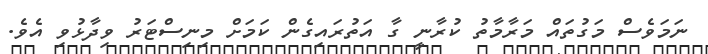
ނަމަވެސް މަގުތައް މަރާމާތު ކުރާނީ ގާ އަތުރައިގެން ކަމަށް މިނިސްޓަރު ވިދާޅުވި އެވެ.